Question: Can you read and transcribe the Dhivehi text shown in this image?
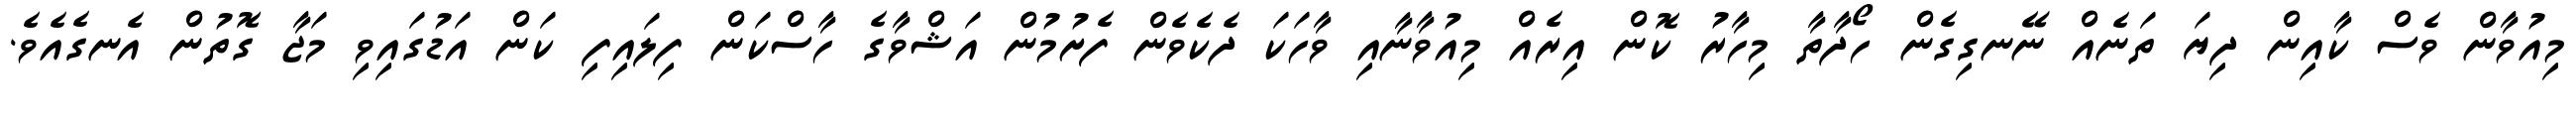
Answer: މިއުވާން ވެސް ކާއިން ދިޔަ ތަނެއް ނޭނގިގެން ހޯދާތާ މިހާރު ކޮން އިރެއް މިއުވާނާއި ވާހަކަ ދެކެވެން ފެށުމުން އަޝްވާގެ ހާސްކަން ފިލައިފި ކަން އަޑުގައިވި މަޖާ ގޮތުން އެނގެއެވެ.